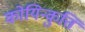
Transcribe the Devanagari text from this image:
कोयिन्कुत्ति